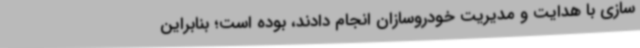
سازی با هدایت و مدیریت خودروسازان انجام دادند، بوده است؛ بنابراین